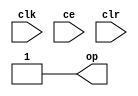
module sysgen_constant_fa8d4b3e6d (
  output [(1 - 1):0] op,
  input clk,
  input ce,
  input clr);
  assign op = 1'b1;
endmodule